Insane asylums in Bengal annual reports 1867-1875 - 1867-1875
Year: 1867
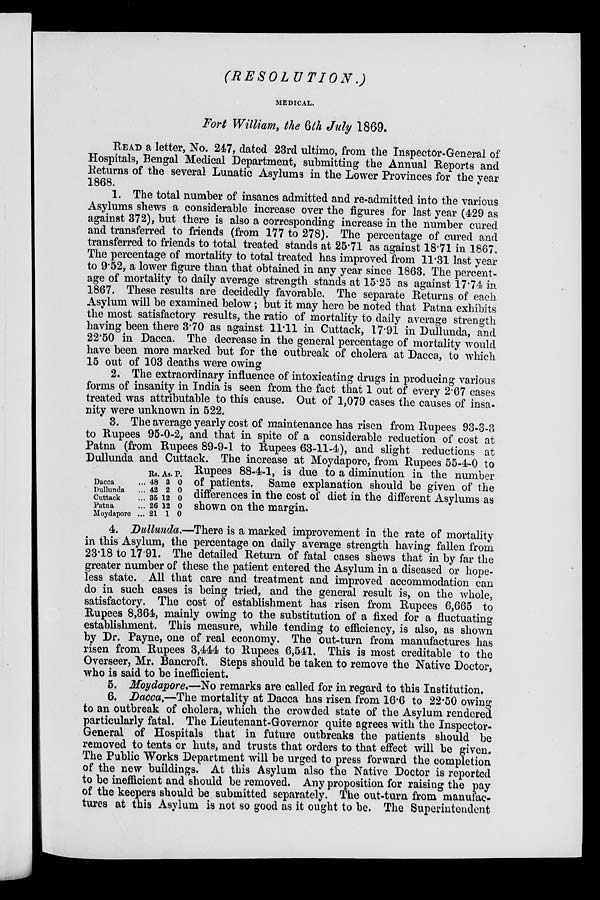
(RESOLUTION.)
MEDICAL.
Fort William, the 6th July 1869.
READ a letter, No. 247, dated 23rd ultimo, from the Inspector-General of
Hospitals, Bengal Medical Department, submitting the Annual Reports and
Returns of the several Lunatic Asylums in the Lower Provinces for the year
1868.
1. The total number of insanes admitted and re-admitted into the various
Asylums shews a considerable increase over the figures for last year (429 as
against 372), but there is also a corresponding increase in the number cured
and transferred to friends (from 177 to 278). The percentage of cured and
transferred to friends to total treated stands at 25.71 as against 18.71 in 1867.
The percentage of mortality to total treated has improved from 11.31 last year
to 9.52, a lower figure than that obtained in any year since 1863. The percent-
age of mortality to daily average strength stands at 15.25 as against 17.74 in
1867. These results are decidedly favorable. The separate Returns of each
Asylum will be examined below; but it may here be noted that Patna exhibits
the most satisfactory results, the ratio of mortality to daily average strength
having been there 3.70 as against 11.11 in Cuttack, 17.91 in Dullunda, and
22.50 in Dacca. The decrease in the general percentage of mortality would
have been more marked but for the outbreak of cholera at Dacca, to which
15 out of 103 deaths were owing
2. The extraordinary influence of intoxicating drugs in producing various
forms of insanity in India is seen from the fact that 1 out of every 2.67 cases
treated was attributable to this cause. Out of 1,079 cases the causes of insa-
nity were unknown in 522.
3. The average yearly cost of maintenance has risen from Rupees 93-3-3
to Rupees 95-0-2, and that in spite of a considerable reduction of cost at
Patna (from Rupees 89-9-1 to Rupees 63-11-4), and slight reductions at
Dullunda and Cuttack. The increase at Moydapore, from Rupees 55-4-0 to
Rupees 88-4-1, is due to a diminution in the number
of patients. Same explanation should be given of the
differences in the cost of diet in the different Asylums as
shown on the margin.
Dacca ...
Dullunda ...
Cuttack ...
Patna ...
Moydapore ...
Rs.
48
42
35
26
21
As.
3
2
12
12
1
P.
0
0
0
0
0
4. Dullunda.—There is a marked improvement in the rate of mortality
in this Asylum, the percentage on daily average strength having fallen from
23.18 to 17.91. The detailed Return of fatal cases shews that in by far the
greater number of these the patient entered the Asylum in a diseased or hope-
less state. All that care and treatment and improved accommodation can
do in such cases is being tried, and the general result is, on the whole,
satisfactory. The cost of establishment has risen from Rupees 6,665 to
Rupees 8,364, mainly owing to the substitution of a fixed for a fluctuating
establishment. This measure, while tending to efficiency, is also, as shown
by Dr. Payne, one of real economy. The out-turn from manufactures has
risen from Rupees 3,444 to Rupees 6,541. This is most creditable to the
Overseer, Mr. Bancroft. Steps should be taken to remove the Native Doctor,
who is said to be inefficient.
5. Moydapore.—No remarks are called for in regard to this Institution.
6. Dacca.—The mortality at Dacca has risen from 16.6 to 22.50 owing
to an outbreak of cholera, which the crowded state of the Asylum rendered
particularly fatal. The Lieutenant-Governor quite agrees with the Inspector-
General of Hospitals that in future outbreaks the patients should be
removed to tents or huts, and trusts that orders to that effect will be given.
The Public Works Department will be urged to press forward the completion
of the new buildings. At this Asylum also the Native Doctor is reported
to be inefficient and should be removed. Any proposition for raising the pay
of the keepers should be submitted separately. The out-turn from manufac-
tures at this Asylum is not so good as it ought to be. The Superintendent